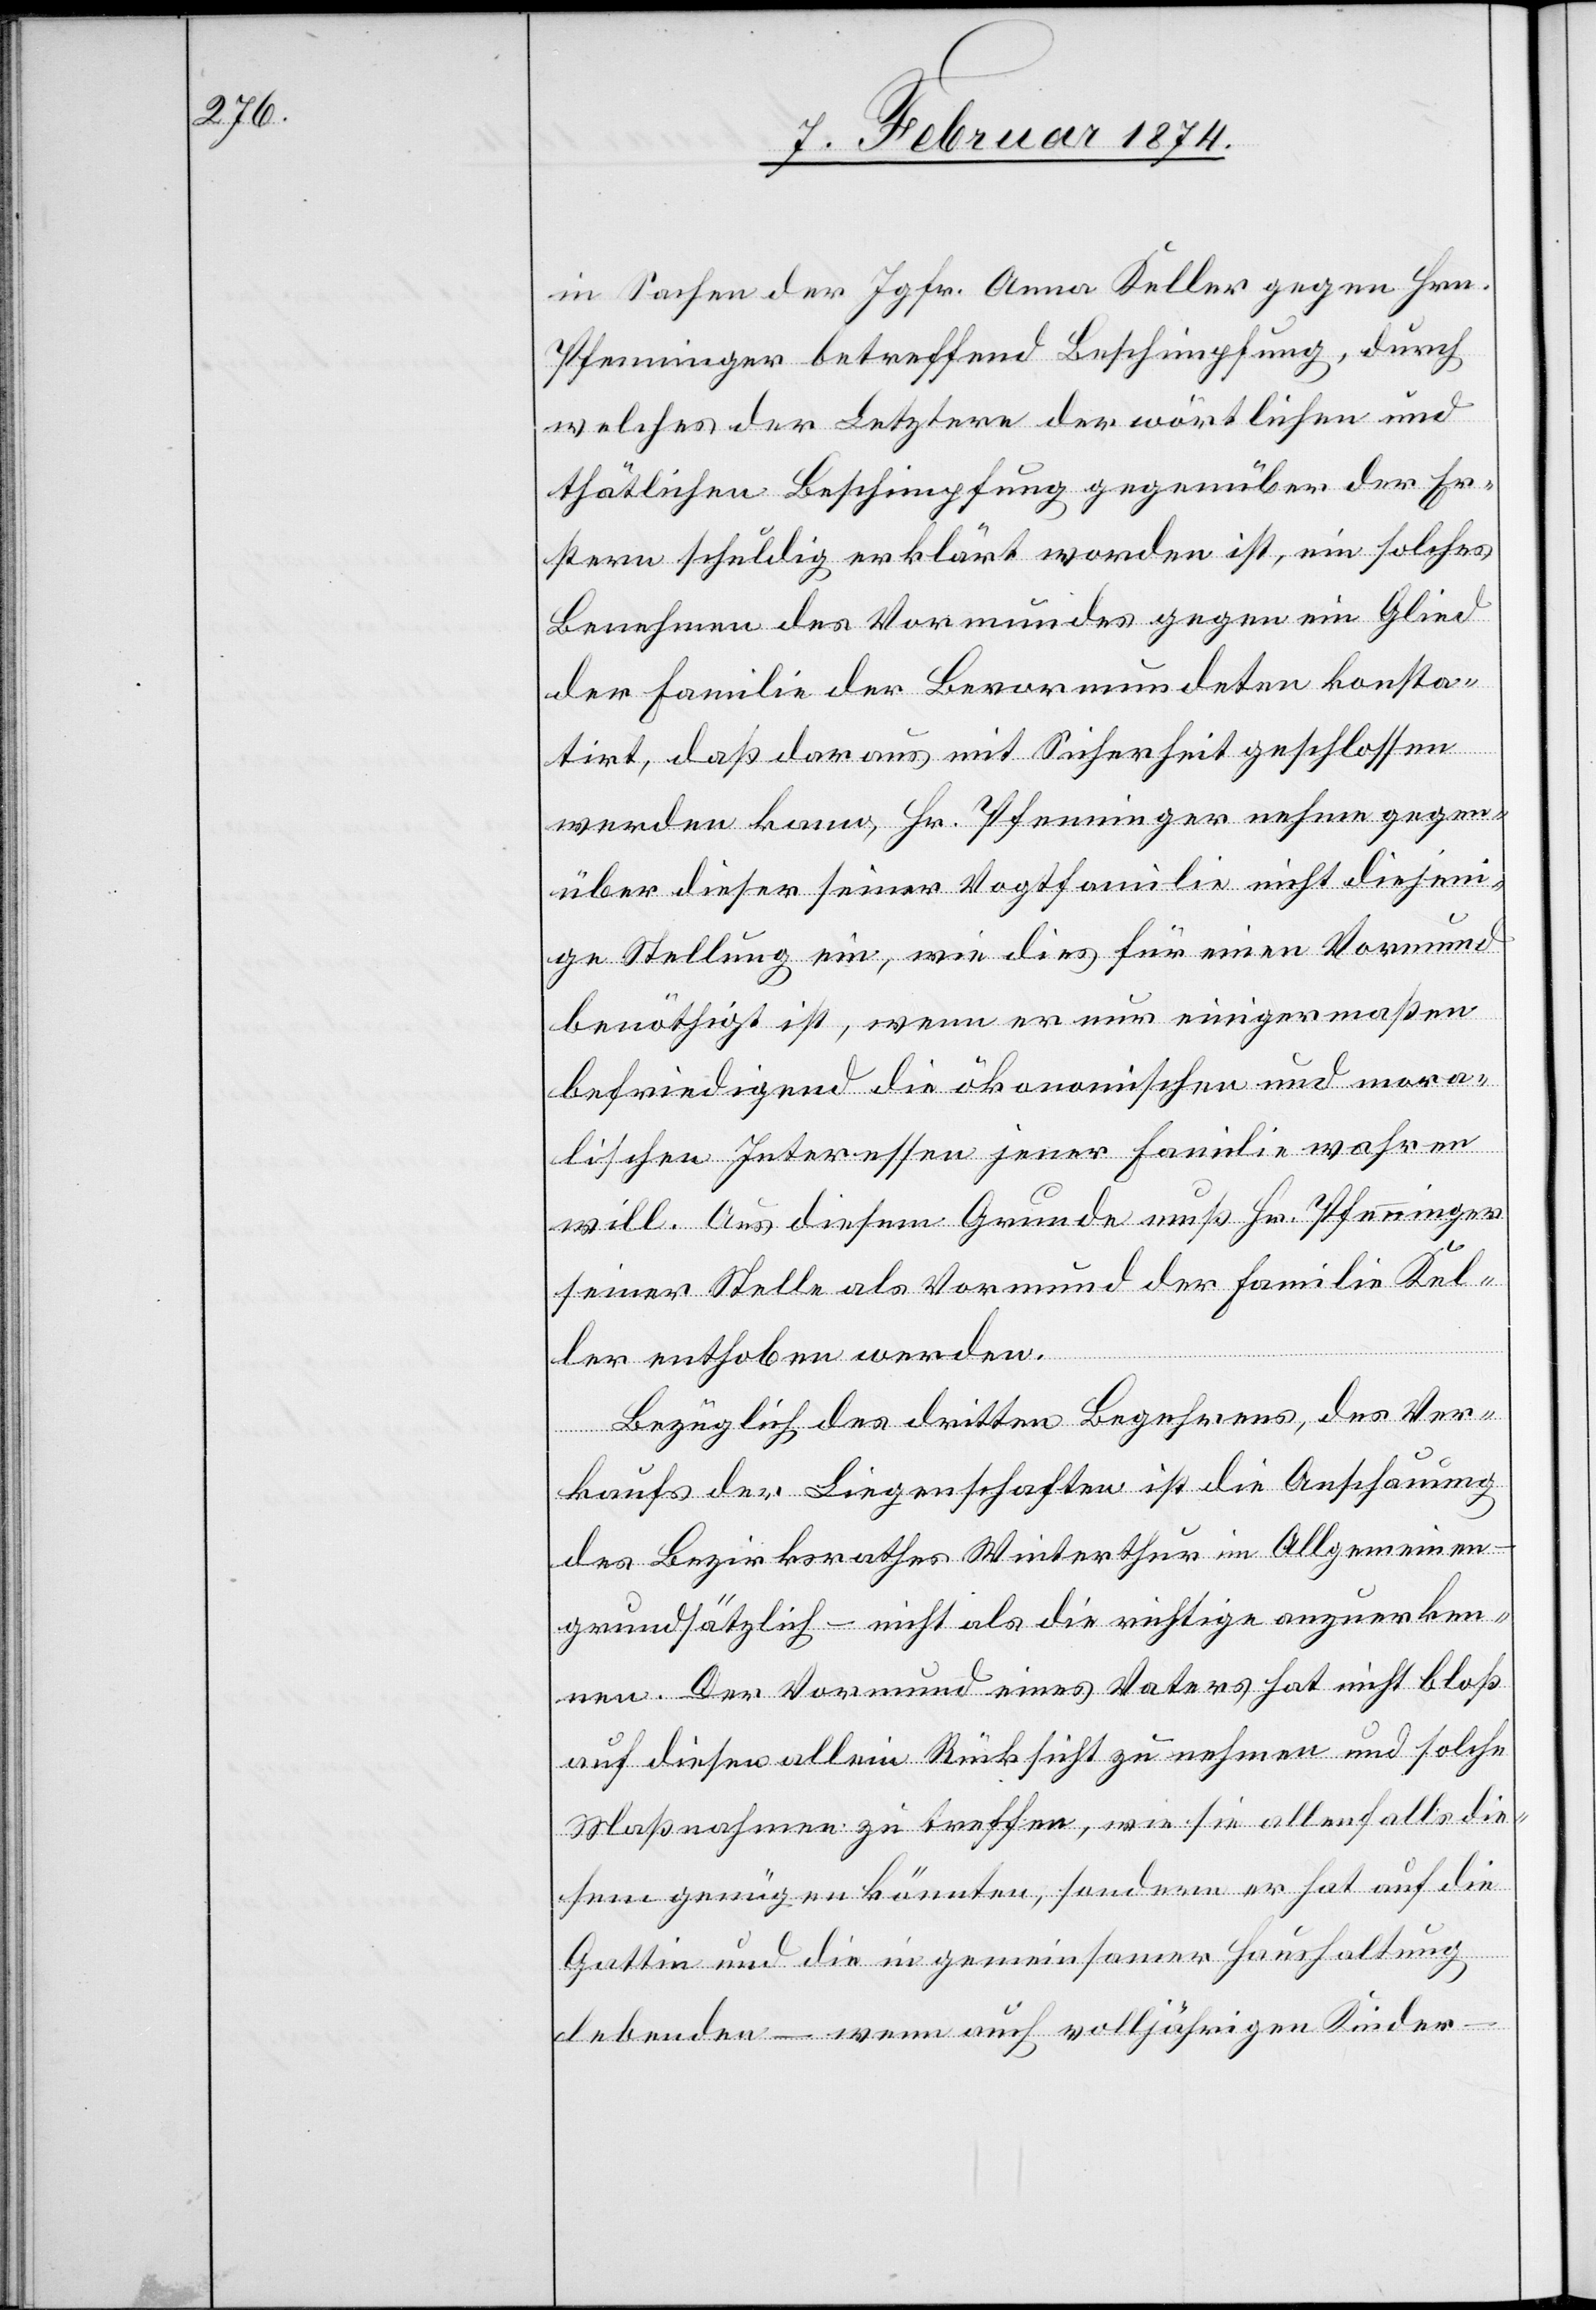
in Sachen der Jgfr. Anna Keller gegen Hrn.
Pfenninger betreffend Beschimpfung, durch
welches der Letztere der wörtlichen und
thätlichen Beschimpfung gegenüber der Er¬
stern schuldig erklärt worden ist, ein solches
Benehmen des Vormundes gegen ein Glied
der Familie der Bevormundeten konsta¬
tirt, daß daraus mit Sicherheit geschlossen
werden kann, Hr. Pfenninger nehme gegen¬
über dieser seiner Vogtfamilie nicht diejeni¬
ge Stellung ein, wie dies für einen Vormund
benöthigt ist, wenn er nur einigermaßen
befriedigend die ökonomischen und mora¬
lischen Interessen jener Familie wahren
will. Aus diesem Grunde muß Hr. Pfenninger
seiner Stelle als Vormund der Familie Kel¬
ler enthoben werden.
Bezüglich des dritten Begehrens, des Ver¬
kaufs der Liegenschaften ist die Anschauung
des Bezirksrathes Winterthur im Allgemeinen
grundsätzlich – nicht als die richtige anzuerken¬
nen. Der Vormund eines Vaters hat nicht bloß
auf diesen allein Rücksicht zu nehmen und solche
Maßnahmen zu treffen, wie sie allenfalls die¬
sem genügen könnten; sondern er hat auf die
Gattin und die in gemeinsamer Haushaltung
lebenden – wenn auch volljährigen Kinder